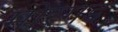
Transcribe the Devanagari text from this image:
मोरगड